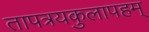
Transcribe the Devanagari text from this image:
तापत्रयकुलापहम्